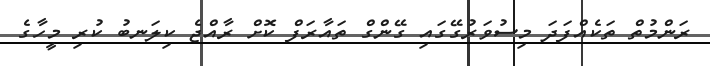
ރަންމުތް ތަކެއްފަދަ މިސުވަރުގޭގައި ގޭންގް ތައާރަފް ކޮށް ރާއްޖެ ކިލަނބު ކުރި މީހާގެ